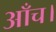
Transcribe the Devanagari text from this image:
आँच।